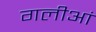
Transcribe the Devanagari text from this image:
गलीआं